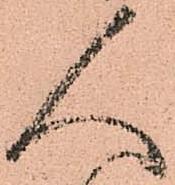
人